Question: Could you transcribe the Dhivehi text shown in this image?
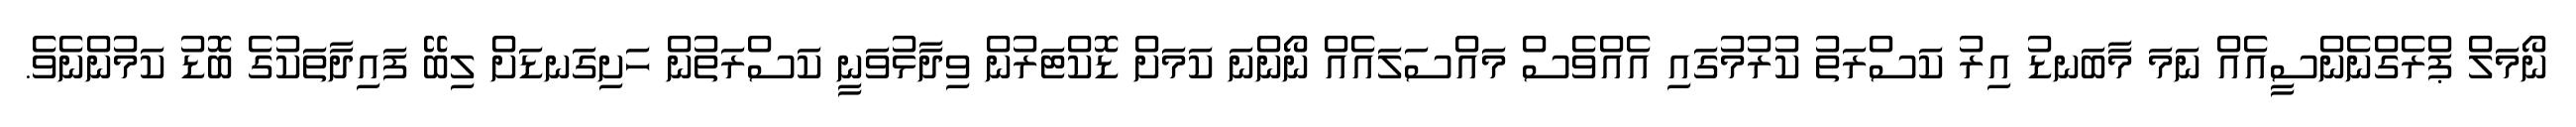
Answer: ނޯމަލް ޕްރެގްނެންސީއެއް ނަމަ މާބަނޑު އިރު ކަސްރަތު ކުރުމުގައި އެއްވެސް މައްސަލައެއް ނޯންނަ ކަމަށް ޑޮކްޓަރުން ވިދާޅުވަނީ ކަސްރަތުން ހަށިގަނޑަށް ލިބޭ ފައިދާތަކުގެ ބޮޑު ކަމުންނެވެ.